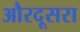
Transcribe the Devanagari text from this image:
औरदूसरा